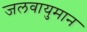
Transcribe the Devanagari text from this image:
जलवायुमान